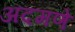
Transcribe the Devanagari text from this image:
अदमणे